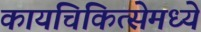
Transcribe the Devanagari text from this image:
कायचिकित्सेमध्ये